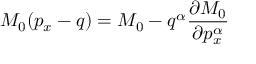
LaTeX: { \cal M } _ { 0 } ( p _ { x } - q ) = { \cal M } _ { 0 } - q ^ { \alpha } \frac { \partial { \cal M } _ { 0 } } { \partial p _ { x } ^ { \alpha } }